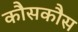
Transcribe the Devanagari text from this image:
कौसकौस